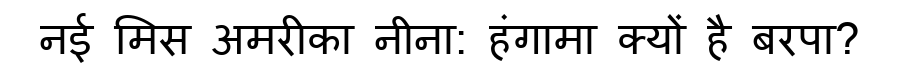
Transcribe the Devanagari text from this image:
नई मिस अमरीका नीना: हंगामा क्यों है बरपा?